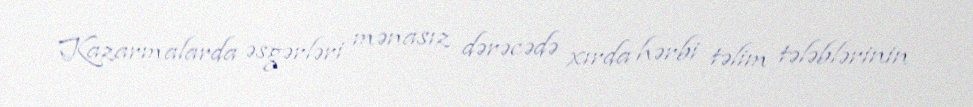
Kazarmalarda əsgərləri mənasız dərəcədə xırda hərbi təlim tələblərinin